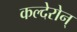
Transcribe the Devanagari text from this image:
कल्देरोन्